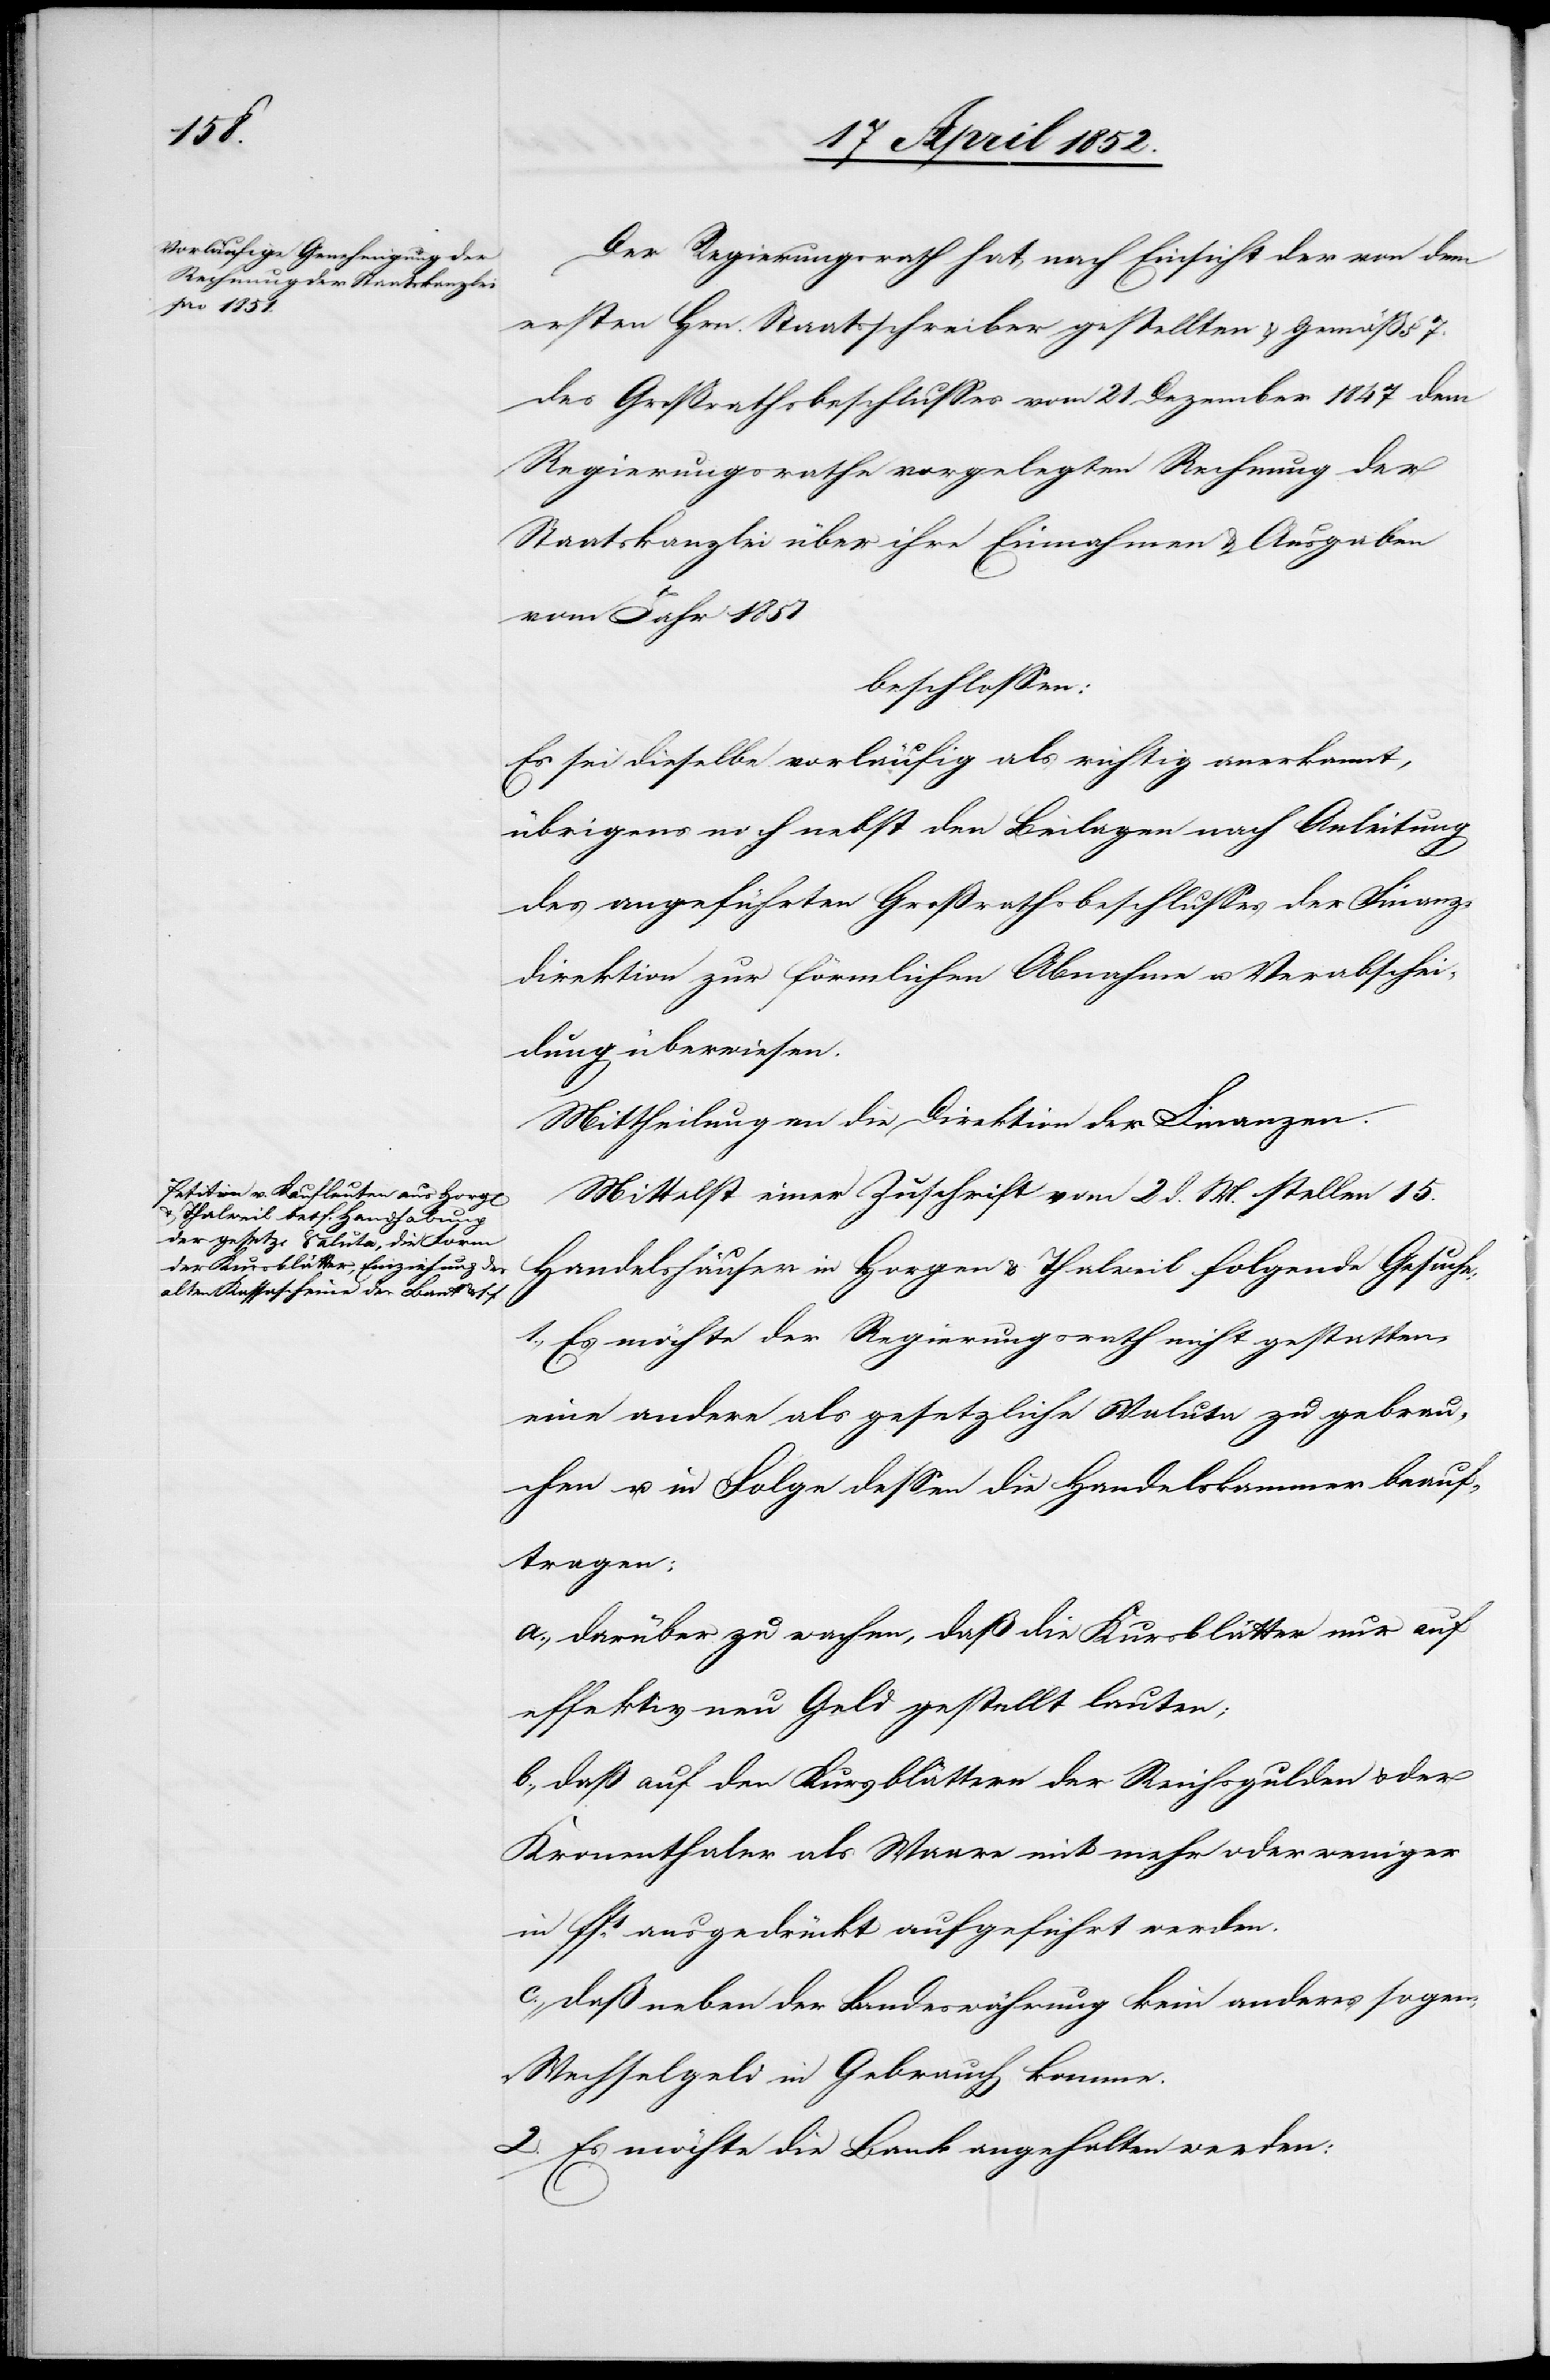
Der Regierungsrath hat, nach Einsicht der von dem
ersten Hrn. Staatsschreiber gestellten & gemäß § 7.
des Großrathsbeschlusses vom 21 Dezember 1847 dem
Regierungsrathe vorgelegten Rechnung der
Staatskanzlei über ihre Einnahmen & Ausgaben
vom Jahr 1851
beschlossen:
Es sei dieselbe vorläufig als richtig anerkannt,
übrigens noch nebst den Beilagen nach Anleitung
des angeführten Großrathsbeschlusses der Finanz¬
direktion zur förmlichen Abnahme u. Verabschei¬
dung überwiesen.
Mittheilung an die Direktion der Finanzen.
Mittelst einer Zuschrift vom 2 d. M. stellen 15.
Handelshäuser in Horgen & Thalweil folgende Gesuche:
1., Es möchte der Regierungsrath nicht gestatten,
eine andere als gesetzliche Valuta zu gebrau¬
chen u. in Folge dessen die Handelskammer beauf¬
tragen:
a., darüber zu wachen, daß die Kursblätter nur auf
effektiv neu Geld gestellt lauten;
b., daß auf den Kursblättern der Reichsgulden & der
Kronenthaler als Waare mit mehr oder weniger
in ffs. ausgedrückt aufgeführt werden.
c., daß neben der Landeswährung kein anderes sogen:
„Wechselgeld[“] in Gebrauch komme.
2. Es möchte die Bank angehalten werden: